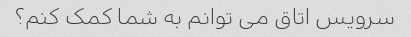
سرویس اتاق می توانم به شما کمک کنم؟